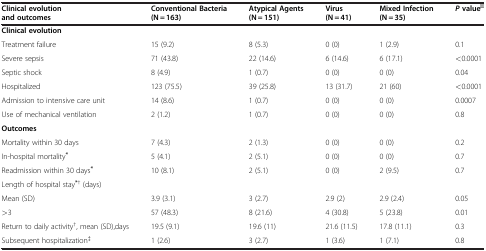
<table><thead><tr><td><b>Clinical evolution and outcomes</b></td><td><b>Conventional Bacteria (N = 163)</b></td><td><b>Atypical Agents (N = 151)</b></td><td><b>Virus (N = 41)</b></td><td><b>Mixed Infection (N = 35)</b></td><td><b><i>P </i>value<sup>║</sup></b></td></tr></thead><tbody><tr><td><b>Clinical evolution</b></td><td> </td><td> </td><td> </td><td> </td><td> </td></tr><tr><td>Treatment failure</td><td>15 (9.2)</td><td>8 (5.3)</td><td>0 (0)</td><td>1 (2.9)</td><td>0.1</td></tr><tr><td>Severe sepsis</td><td>71 (43.8)</td><td>22 (14.6)</td><td>6 (14.6)</td><td>6 (17.1)</td><td>&lt;0.0001</td></tr><tr><td>Septic shock</td><td>8 (4.9)</td><td>1 (0.7)</td><td>0 (0)</td><td>0 (0)</td><td>0.04</td></tr><tr><td>Hospitalized</td><td>123 (75.5)</td><td>39 (25.8)</td><td>13 (31.7)</td><td>21 (60)</td><td>&lt;0.0001</td></tr><tr><td>Admission to intensive care unit</td><td>14 (8.6)</td><td>1 (0.7)</td><td>0 (0)</td><td>0 (0)</td><td>0.0007</td></tr><tr><td>Use of mechanical ventilation</td><td>2 (1.2)</td><td>1 (0.7)</td><td>0 (0)</td><td>0 (0)</td><td>0.8</td></tr><tr><td><b>Outcomes</b></td><td> </td><td> </td><td> </td><td> </td><td> </td></tr><tr><td>Mortality within 30 days</td><td>7 (4.3)</td><td>2 (1.3)</td><td>0 (0)</td><td>0 (0)</td><td>0.2</td></tr><tr><td>In-hospital mortality<sup><b>*</b></sup></td><td>5 (4.1)</td><td>2 (5.1)</td><td>0 (0)</td><td>0 (0)</td><td>0.7</td></tr><tr><td>Readmission within 30 days<sup><b>*</b></sup></td><td>10 (8.1)</td><td>2 (5.1)</td><td>0 (0)</td><td>2 (9.5)</td><td>0.7</td></tr><tr><td>Length of hospital stay<sup><b>*</b>†</sup> (days)</td><td> </td><td> </td><td> </td><td> </td><td> </td></tr><tr><td>Mean (SD)</td><td>3.9 (3.1)</td><td>3 (2.7)</td><td>2.9 (2)</td><td>2.9 (2.4)</td><td>0.05</td></tr><tr><td>&gt;3</td><td>57 (48.3)</td><td>8 (21.6)</td><td>4 (30.8)</td><td>5 (23.8)</td><td>0.01</td></tr><tr><td>Return to daily activity<sup>†</sup>, mean (SD),days</td><td>19.5 (9.1)</td><td>19.6 (11)</td><td>21.6 (11.5)</td><td>17.8 (11.1)</td><td>0.3</td></tr><tr><td>Subsequent hospitalization<sup>‡</sup></td><td>1 (2.6)</td><td>3 (2.7)</td><td>1 (3.6)</td><td>1 (7.1)</td><td>0.8</td></tr></tbody></table>